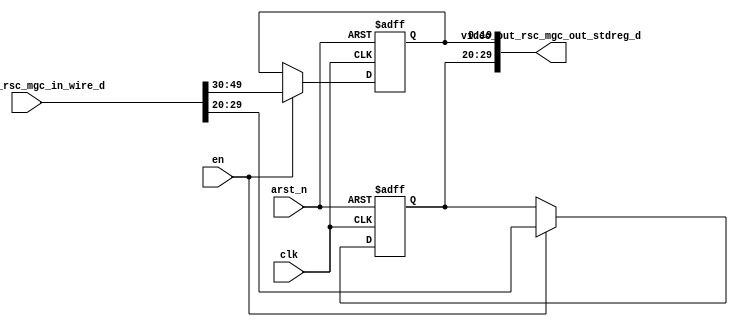
module static_anaglyph_core (
  clk, en, arst_n, video_in_rsc_mgc_in_wire_d, video_out_rsc_mgc_out_stdreg_d
);
  input clk;
  input en;
  input arst_n;
  input [59:0] video_in_rsc_mgc_in_wire_d;
  output [29:0] video_out_rsc_mgc_out_stdreg_d;


  // Interconnect Declarations
  reg [9:0] reg_video_out_rsc_mgc_out_stdreg_d_tmp;
  reg [19:0] reg_video_out_rsc_mgc_out_stdreg_d_tmp_1;


  // Interconnect Declarations for Component Instantiations 
  assign video_out_rsc_mgc_out_stdreg_d = {reg_video_out_rsc_mgc_out_stdreg_d_tmp
      , reg_video_out_rsc_mgc_out_stdreg_d_tmp_1};
  always @(posedge clk or negedge arst_n) begin
    if ( ~ arst_n ) begin
      reg_video_out_rsc_mgc_out_stdreg_d_tmp <= 10'b0;
      reg_video_out_rsc_mgc_out_stdreg_d_tmp_1 <= 20'b0;
    end
    else begin
      if ( en ) begin
        reg_video_out_rsc_mgc_out_stdreg_d_tmp <= video_in_rsc_mgc_in_wire_d[29:20];
        reg_video_out_rsc_mgc_out_stdreg_d_tmp_1 <= video_in_rsc_mgc_in_wire_d[49:30];
      end
    end
  end
endmodule
module static_anaglyph (
  video_in_rsc_z, video_out_rsc_z, clk, en, arst_n
);
  input [59:0] video_in_rsc_z;
  output [29:0] video_out_rsc_z;
  input clk;
  input en;
  input arst_n;


  // Interconnect Declarations
  wire [59:0] video_in_rsc_mgc_in_wire_d;
  wire [29:0] video_out_rsc_mgc_out_stdreg_d;


  // Interconnect Declarations for Component Instantiations 
  mgc_in_wire #(.rscid(2),
  .width(60)) video_in_rsc_mgc_in_wire (
      .d(video_in_rsc_mgc_in_wire_d),
      .z(video_in_rsc_z)
    );
  mgc_out_stdreg #(.rscid(3),
  .width(30)) video_out_rsc_mgc_out_stdreg (
      .d(video_out_rsc_mgc_out_stdreg_d),
      .z(video_out_rsc_z)
    );
  static_anaglyph_core static_anaglyph_core_inst (
      .clk(clk),
      .en(en),
      .arst_n(arst_n),
      .video_in_rsc_mgc_in_wire_d(video_in_rsc_mgc_in_wire_d),
      .video_out_rsc_mgc_out_stdreg_d(video_out_rsc_mgc_out_stdreg_d)
    );
endmodule